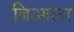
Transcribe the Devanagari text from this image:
बिआला